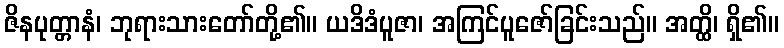
ဇိနပုတ္တာနံ၊ ဘုရားသားတော်တို့၏။ ယဒိဒံပူဇာ၊ အကြင်ပူဇော်ခြင်းသည်။ အတ္ထိ၊ ရှိ၏။